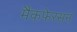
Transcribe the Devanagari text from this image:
मैकफेरसन